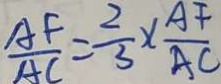
\frac { A F } { A C } = \frac { 2 } { 3 } \times \frac { A F } { A C }